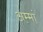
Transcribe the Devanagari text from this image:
अम्‍मां